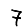
Digit: 7